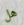
هل